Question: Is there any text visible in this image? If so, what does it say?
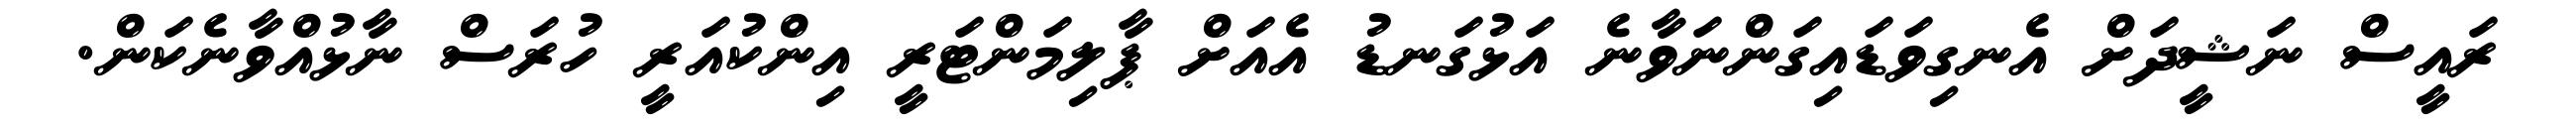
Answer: ރައީސް ނަޝީދަށް އެނގިވަޑައިގަންނަވާނެ އަޅުގަނޑު އެއަށް ޕާލިމަންޓަރީ އިންކުއަރީ ހުރަސް ނާޅުއްވާނެކަން.